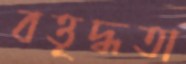
বত্তৃদ্ধতা